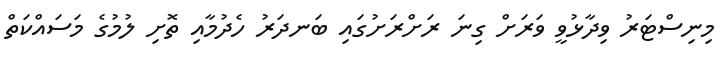
މިނިސްޓަރު ވިދާޅުވީ ވަރަށް ގިނަ ރަށްރަށުގައި ބަނދަރު ހެދުމާއި ތޮށި ލުމުގެ މަސައްކަތް